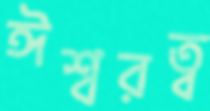
ঈশ্বরত্ব